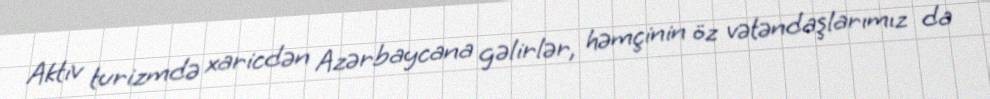
Aktiv turizmdə xaricdən Azərbaycana gəlirlər, həmçinin öz vətəndaşlarımız da